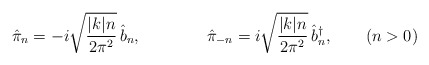
\begin{align*}\hat{\pi}_n=-i \sqrt{ \frac{ |k|n }{ 2\pi^2 } } \, \hat{b}_n,\qquad\qquad\hat{\pi}_{-n}= i \sqrt{ \frac{ |k|n }{ 2\pi^2 } } \, \hat{b}_n^\dagger,\qquad( n > 0 )\end{align*}